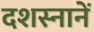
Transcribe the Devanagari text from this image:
दशस्नानें